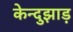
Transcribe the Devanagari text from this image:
केन्दुझाड़